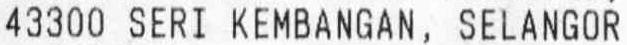
43300 SERI KEMBANGAN, SELANGOR